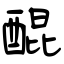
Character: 醌